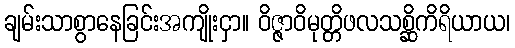
ချမ်းသာစွာနေခြင်းအကျိုးငှာ။ ဝိဇ္ဇာဝိမုတ္တိဖလသစ္ဆိကိရိယာယ၊